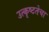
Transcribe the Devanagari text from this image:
उत्कृष्टतेचा